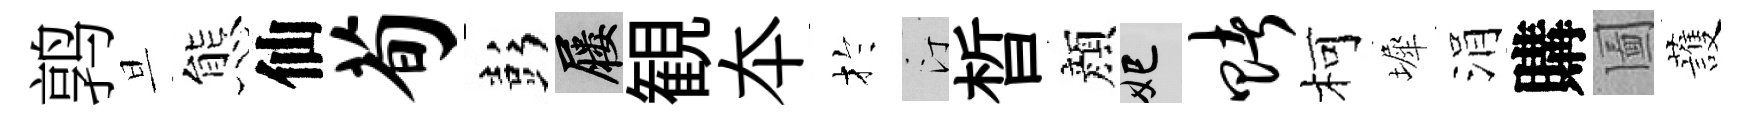
鹑旦態仙荀彭屨観夲扵汀晳顔妃赌柯墀涓購圗䕶